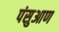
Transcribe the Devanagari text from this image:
पंसुआण